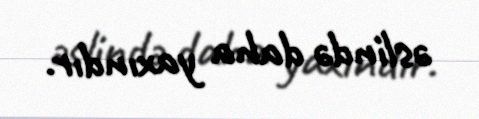
əslində daha yaxındır.